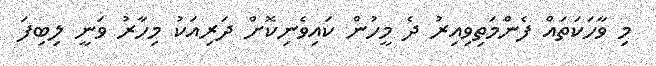
މި ވާހަކަތައް ފެންމަތިވިއިރު ދެ މީހުން ކައިވެނިކޮށް ދަރިއަކު މިހާރު ވަނީ ލިބިފަ